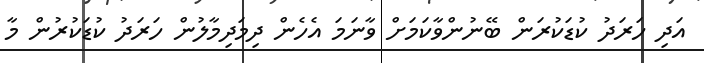
އަދި ހަރަދު ކުޑަކުރަން ބޭނުންވާކަމަށް ވާނަމަ އެހެން ދިމަދިމާލުން ހަރަދު ކުޑަކުރުން މާ